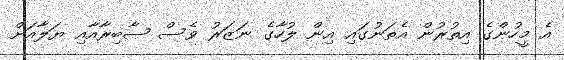
އެ މީހުންގެ އިތުރުން އެތަނުގައި އިން ލުހާގެ ނަޒަރު ވެސް ޞާބިރާއާއި ޔަލާއަށް